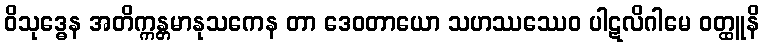
ဝိသုဒ္ဓေန အတိက္ကန္တမာနုသကေန တာ ဒေဝတာယော သဟဿဿေဝ ပါဋလိဂါမေ ဝတ္ထူနိ